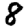
Digit: 8